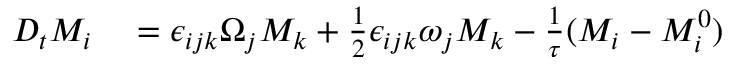
\begin{array} { r l } { D _ { t } M _ { i } } & { { } = \epsilon _ { i j k } \Omega _ { j } M _ { k } + \frac { 1 } { 2 } \epsilon _ { i j k } \omega _ { j } M _ { k } - \frac { 1 } { \tau } ( M _ { i } - M _ { i } ^ { 0 } ) } \end{array}